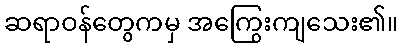
ဆရာဝန်တွေကမှ အကြွေးကျသေး၏။